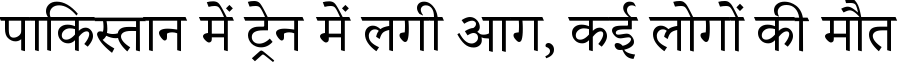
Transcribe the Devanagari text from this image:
पाकिस्तान में ट्रेन में लगी आग, कई लोगों की मौत